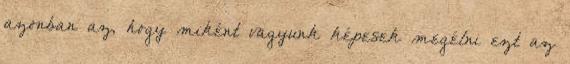
azonban az, hogy miként vagyunk képesek megélni ezt az